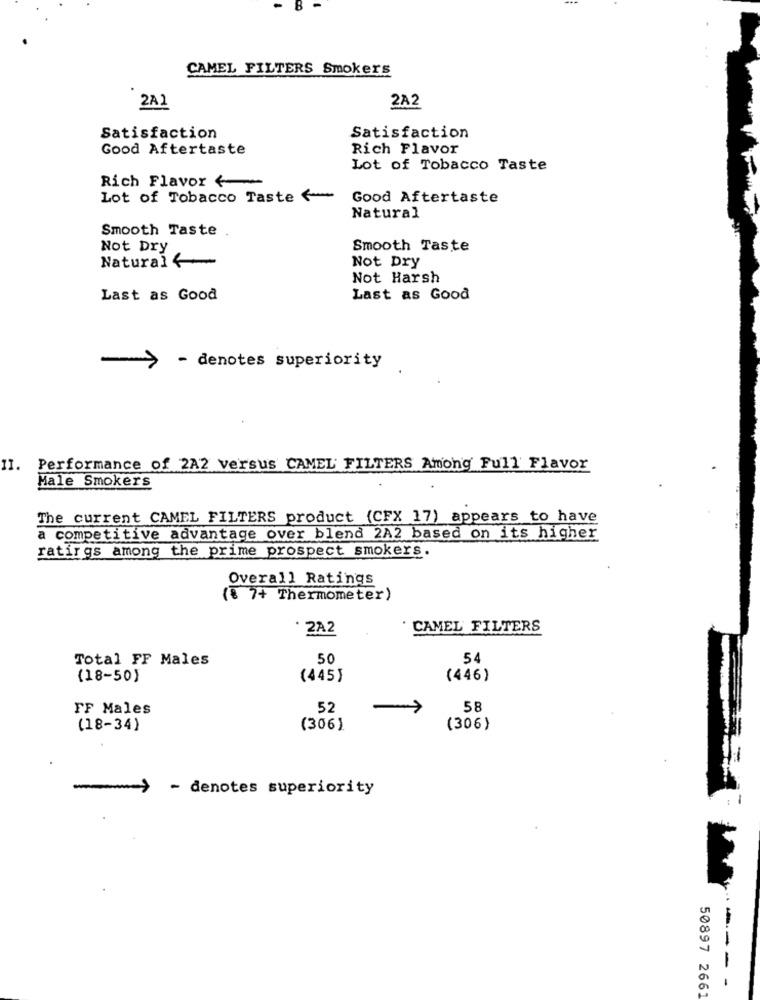
8
CAMEL FILTERS Smokers
2A2
2A1
Satisfaction
Satisfaction
Good Aftertaste
Rich Flavor
Lot of Tobacco Taste
Rich Flavor <
Lot of Tobacco Taste (
Good Aftertaste
Natural
Smooth Taste
Not Dry
Smooth Taste
Natural 4
Not Dry
Not Harsh
Last as Good
Last as Good
- denotes superiority
11. Performance of 2A2 versus CAMEL FILTERS Among Full Flavor
Male Smokers
The current CAMEL FILTERS product (CFX 17) appears to have
a competitive advantage over blend 2A2 based on its higher
ratirgs among the prime prospect smokers.
Overall Ratings
( 7+ Thermometer)
· 2A2
CAMEL FILTERS
Total FF Males
50
54
(18-50)
(445}
(446)
FF Males
52
58
(18-34)
(306)
(306)
- denotes superiority
--- -
50897 266